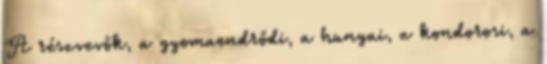
A részvevők, a gyomaendrődi, a hunyai, a kondorosi, a